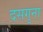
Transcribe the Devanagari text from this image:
दसगुना